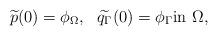
LaTeX: \begin{align*}\widetilde{p}(0)=\phi_\Omega,\ \ \widetilde{q_\Gamma}(0)= \phi_\Gamma \hbox{in $\Omega$},\end{align*}